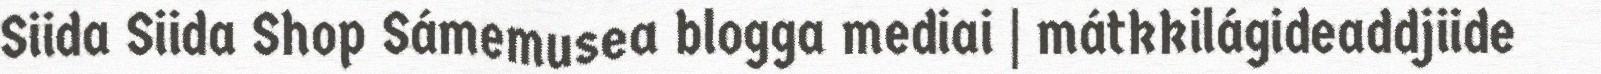
Siida Siida Shop Sámemusea blogga mediai | mátkkilágideaddjiide